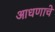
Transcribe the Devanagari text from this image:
आधणाचे